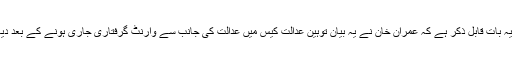
یہاں یہ بات قابل ذکر ہے کہ عمران خان نے یہ بیان توہین عدالت کیس میں عدالت کی جانب سے وارنٹ گرفتاری جاری ہونے کے بعد دیا ہے۔